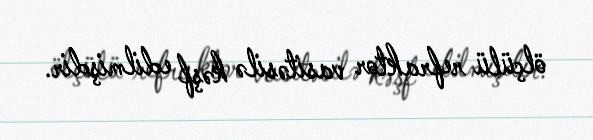
ölçülü refraktor vasitəsilə kəşf edilmişdir.